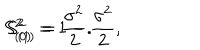
LaTeX: S _ { ( 0 ) } ^ { 2 } = 1 - \frac { \sigma ^ { 2 } } 2 , \hspace { 0 . 5 i n } S _ { ( 1 ) } ^ { 2 } = \frac { \sigma ^ { 2 } } 2 .